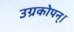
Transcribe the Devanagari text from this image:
उग्रकोपन्।